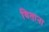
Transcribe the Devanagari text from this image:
विताना